Report on vaccination in Madras 1922-1929 - 1922-1929
Year: 1922
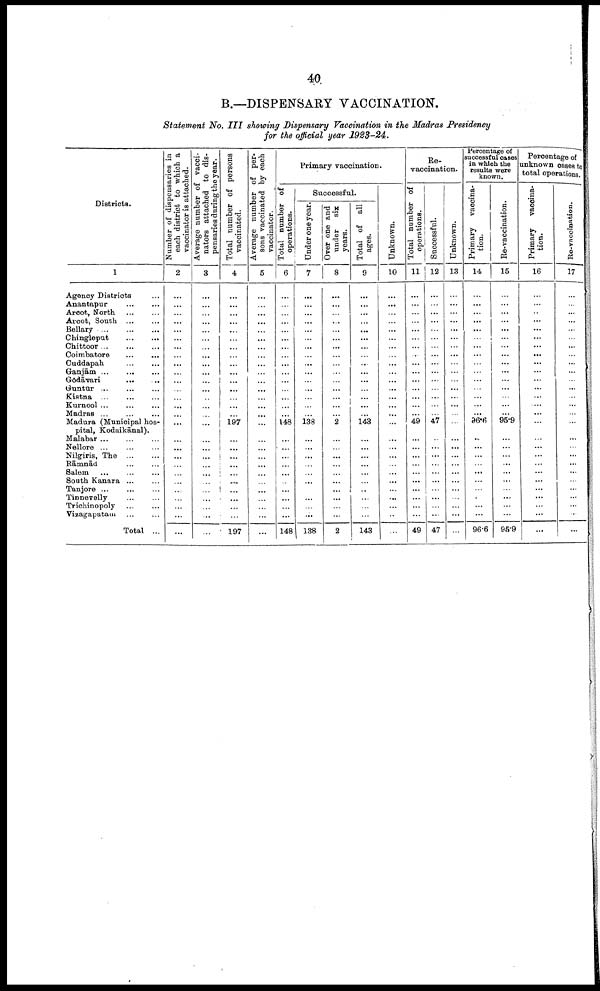
40
B.—DISPENSARY VACCINATION.
Statement No. III showing Dispensary Vaccination in the Madras Presidency
for the official year 1923-24.
Districts.
1
Agency Districts... ...
Anantapur... ... ...
Arcot, North.
...
...
Arcot,
South...
...
Bellary...
...
...
Chingleput...
...
Chittoor... ...
Coimbatore...
...
...
Cuddapah...
...
...
Ganjām... ... ...
Gōdāvari... ... ...
Guntūr... ... ...
Kistna...
...
Kurnool...
...
...
Madras... ... ...
Madura (Municipal hos
pital, Kodaikānal).
Malabar...
...
...
Nellore... ... ...
Nilgiris,
The...
...
Rāmnād... ... ...
Salem...
...
South Kanara... ... ...
Tanjore...
...
Tinnevelly... ...
Trichinopoly... ...
Vizagapatam...
...
Total ...
Number of dispensaries in
each district to which a
vaccinator is attached.
2
...
...
...
...
...
...
...
...
...
...
...
...
...
...
...
...
...
...
...
...
...
...
...
...
...
...
...
Average number of vacci-
nators attached to dis
pensaries during the year.
3
...
...
...
...
...
...
...
...
...
...
...
...
...
...
...
...
...
...
...
...
...
...
...
...
...
...
Total number of persons
vaccinated.
4
...
...
...
...
...
...
...
...
...
...
...
...
...
...
...
197
...
...
...
...
...
...
...
...
...
...
197
Average number of per
sons vaccinated by each
vaccinator.
5
...
...
...
...
...
...
...
...
...
...
...
...
...
...
...
...
...
...
...
...
...
...
...
...
...
...
...
Primary vaccination.
Total number of
operations.
6
...
...
...
...
...
...
...
...
...
...
...
...
...
...
...
148
...
...
...
...
...
...
...
...
...
...
148
Successful.
Under one year.
7
...
...
...
...
...
...
...
...
...
...
...
...
...
...
...
138
...
...
...
...
...
...
...
...
...
...
138
Over one and
under
six
years.
8
...
...
...
...
...
...
...
...
...
...
...
...
...
...
...
2
...
...
...
...
...
...
...
...
...
...
2
Total of all
ages.
9
...
...
...
...
...
...
...
...
...
...
...
...
...
...
...
143
...
...
...
...
...
...
,.
...
...
...
143
Unknown.
10
...
...
...
...
...
...
...
...
...
...
...
...
...
...
...
...
...
...
...
...
...
...
...
...
...
...
...
Re-
vaccination.
Total number of
operations.
1l
...
...
...
...
...
...
...
...
...
...
...
...
...
...
...
49
...
...
...
...
...
...
...
...
...
...
49
Successful.
12
...
...
...
...
...
...
...
...
...
...
...
...
...
...
...
47
...
...
...
...
...
...
...
...
...
...
47
Unknown.
13
...
...
...
...
...
...
...
...
...
...
...
...
...
...
...
...
...
...
...
...
...
...
...
...
...
...
...
Percentage of
successful cases
in which the
results were
known.
Primary vaccina
tion.
14
...
...
...
...
...
...
...
...
...
...
...
...
...
...
...
96.6
...
...
...
...
...
...
...
...
...
...
96.6
Re-vaccination.
15
...
...
...
...
...
...
...
...
...
...
...
...
...
...
...
95.9
...
...
...
...
...
...
...
...
...
...
95.9
Percentage of
unknown cases to
total operations.
Primary vaccina
tion.
16
...
...
...
...
...
...
...
...
...
...
...
...
...
...
...
...
...
...
...
...
...
...
...
...
...
...
...
Re-vaccination.
17
...
...
...
...
...
...
...
...
...
...
...
...
...
...
...
...
...
...
...
...
...
...
...
...
...
...
...